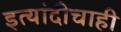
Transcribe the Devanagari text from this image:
इत्यांदीचाही